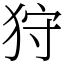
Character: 狩